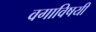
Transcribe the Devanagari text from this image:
वगाविषयी